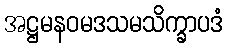
အဋ္ဌမနဝမဒသမသိက္ခာပဒံ